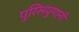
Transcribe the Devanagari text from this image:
पुरिसयुगानी